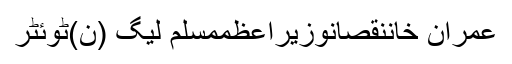
عمران خاننقصانوزیراعظممسلم لیگ (ن)ٹوئٹر